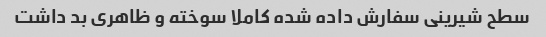
سطح شیرینی سفارش داده شده کاملا سوخته و ظاهری بد داشت